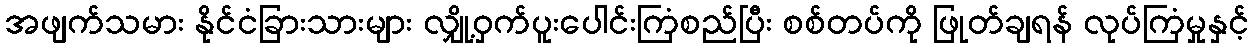
အဖျက်သမား နိုင်ငံခြားသားများ လျှို့ဝှက်ပူးပေါင်းကြံစည်ပြီး စစ်တပ်ကို ဖြုတ်ချရန် လုပ်ကြံမှုနှင့်